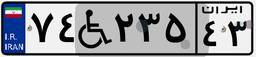
۷۴W۲۳۵۴۳